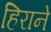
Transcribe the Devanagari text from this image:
हिराने